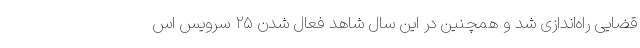
قضایی راه‌اندازی شد و همچنین در این سال شاهد فعال شدن ۲۵ سرویس اس